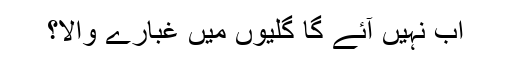
اب نہیں آئے گا گلیوں میں غبارے والا؟